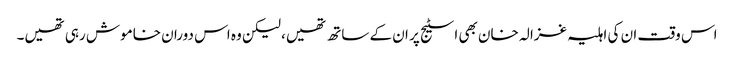
اس وقت ان کی اہلیہ غزالہ خان بھی اسٹیج پر ان کے ساتھ تھیں، لیکن وہ اس دوران خاموش رہی تھیں۔